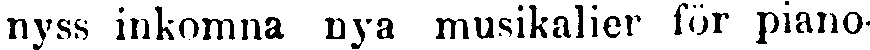
nyss inkomna nya musikalier för piano-